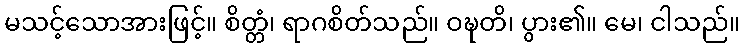
မသင့်သောအားဖြင့်။ စိတ္တံ၊ ရာဂစိတ်သည်။ ဝဍ္ဎတိ၊ ပွား၏။ မေ၊ ငါသည်။